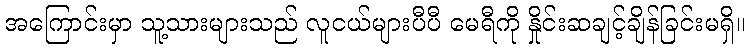
အကြောင်းမှာ သူ့သားများသည် လူငယ်များပီပီ မေရီကို နှိုင်းဆချင့်ချိန်ခြင်းမရှိ။